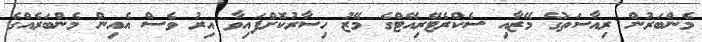
މެންބަރުން ރިއާސަތުގެ މޭޒާއި ސެކްރެޓޭރިއޭޓްގެ މޭޒު ހިސާރުކޮށްފައިވާ އިރު ވެސް އެއިން މެންބަރެއްގެ